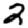
Digit: 2